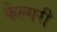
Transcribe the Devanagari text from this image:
केल्गरी